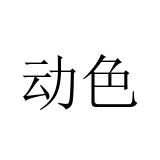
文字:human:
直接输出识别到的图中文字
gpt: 动色